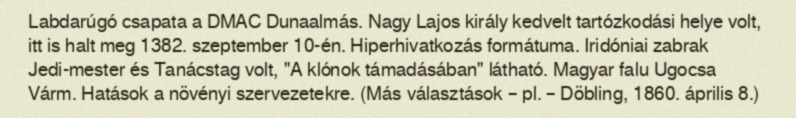
Labdarúgó csapata a DMAC Dunaalmás. Nagy Lajos király kedvelt tartózkodási helye volt, itt is halt meg 1382. szeptember 10-én. Hiperhivatkozás formátuma. Iridóniai zabrak Jedi-mester és Tanácstag volt, "A klónok támadásában" látható. Magyar falu Ugocsa Várm. Hatások a növényi szervezetekre. (Más választások – pl. – Döbling, 1860. április 8.)